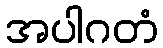
အပါဂတံ